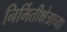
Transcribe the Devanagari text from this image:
निर्मितीक्षेत्राच्या